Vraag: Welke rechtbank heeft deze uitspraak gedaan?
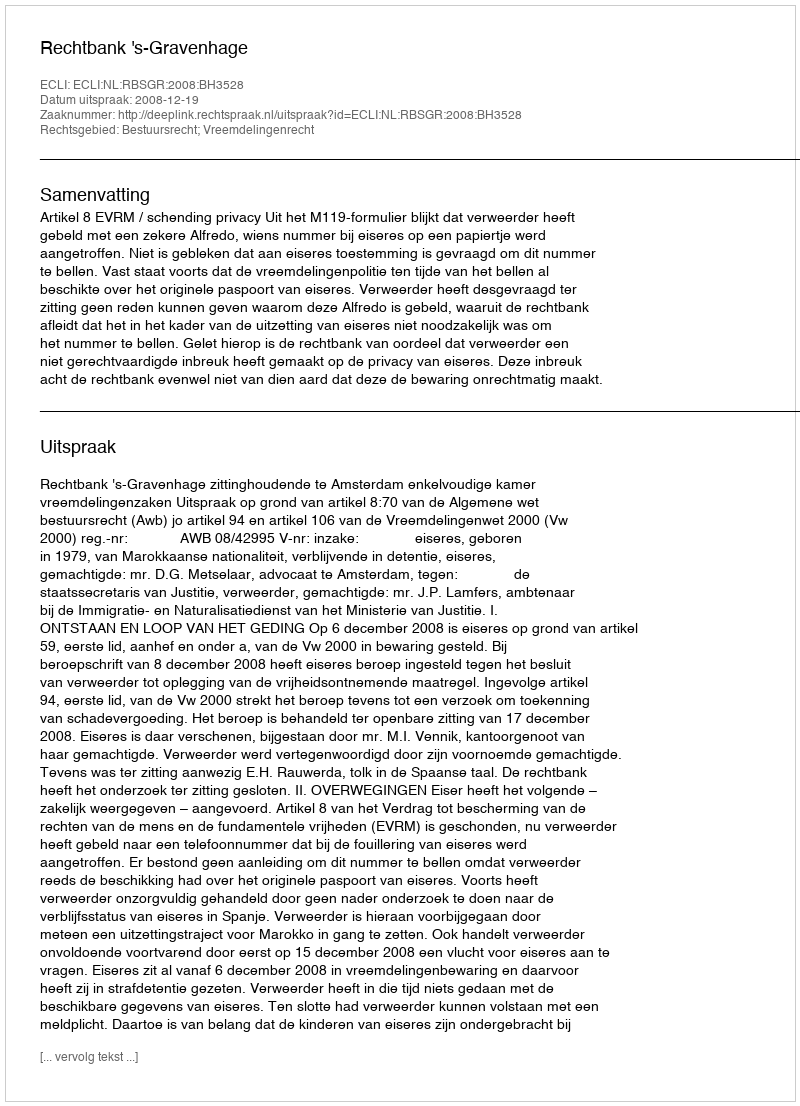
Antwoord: Rechtbank 's-Gravenhage